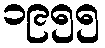
၁၉၅၅